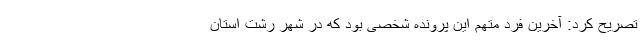
تصریح کرد: آخرین فرد متهم این پرونده شخصی بود که در شهر رشت استان